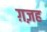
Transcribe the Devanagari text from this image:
ग़ज़ह